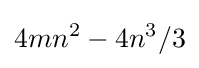
4mn^{2}-4n^{3}/3